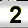
Digit: 2